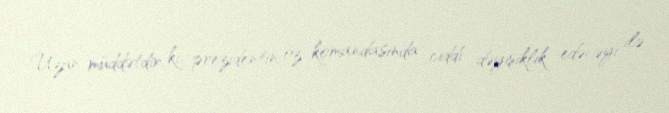
Uzun müddətdir ki, prezidentin öz komandasında ciddi dəyişiklik edəcəyi ilə